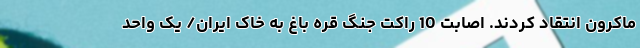
ماکرون انتقاد کردند. اصابت 10 راکت جنگ قره باغ به خاک ایران/ یک واحد